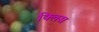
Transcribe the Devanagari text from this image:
क्लिस